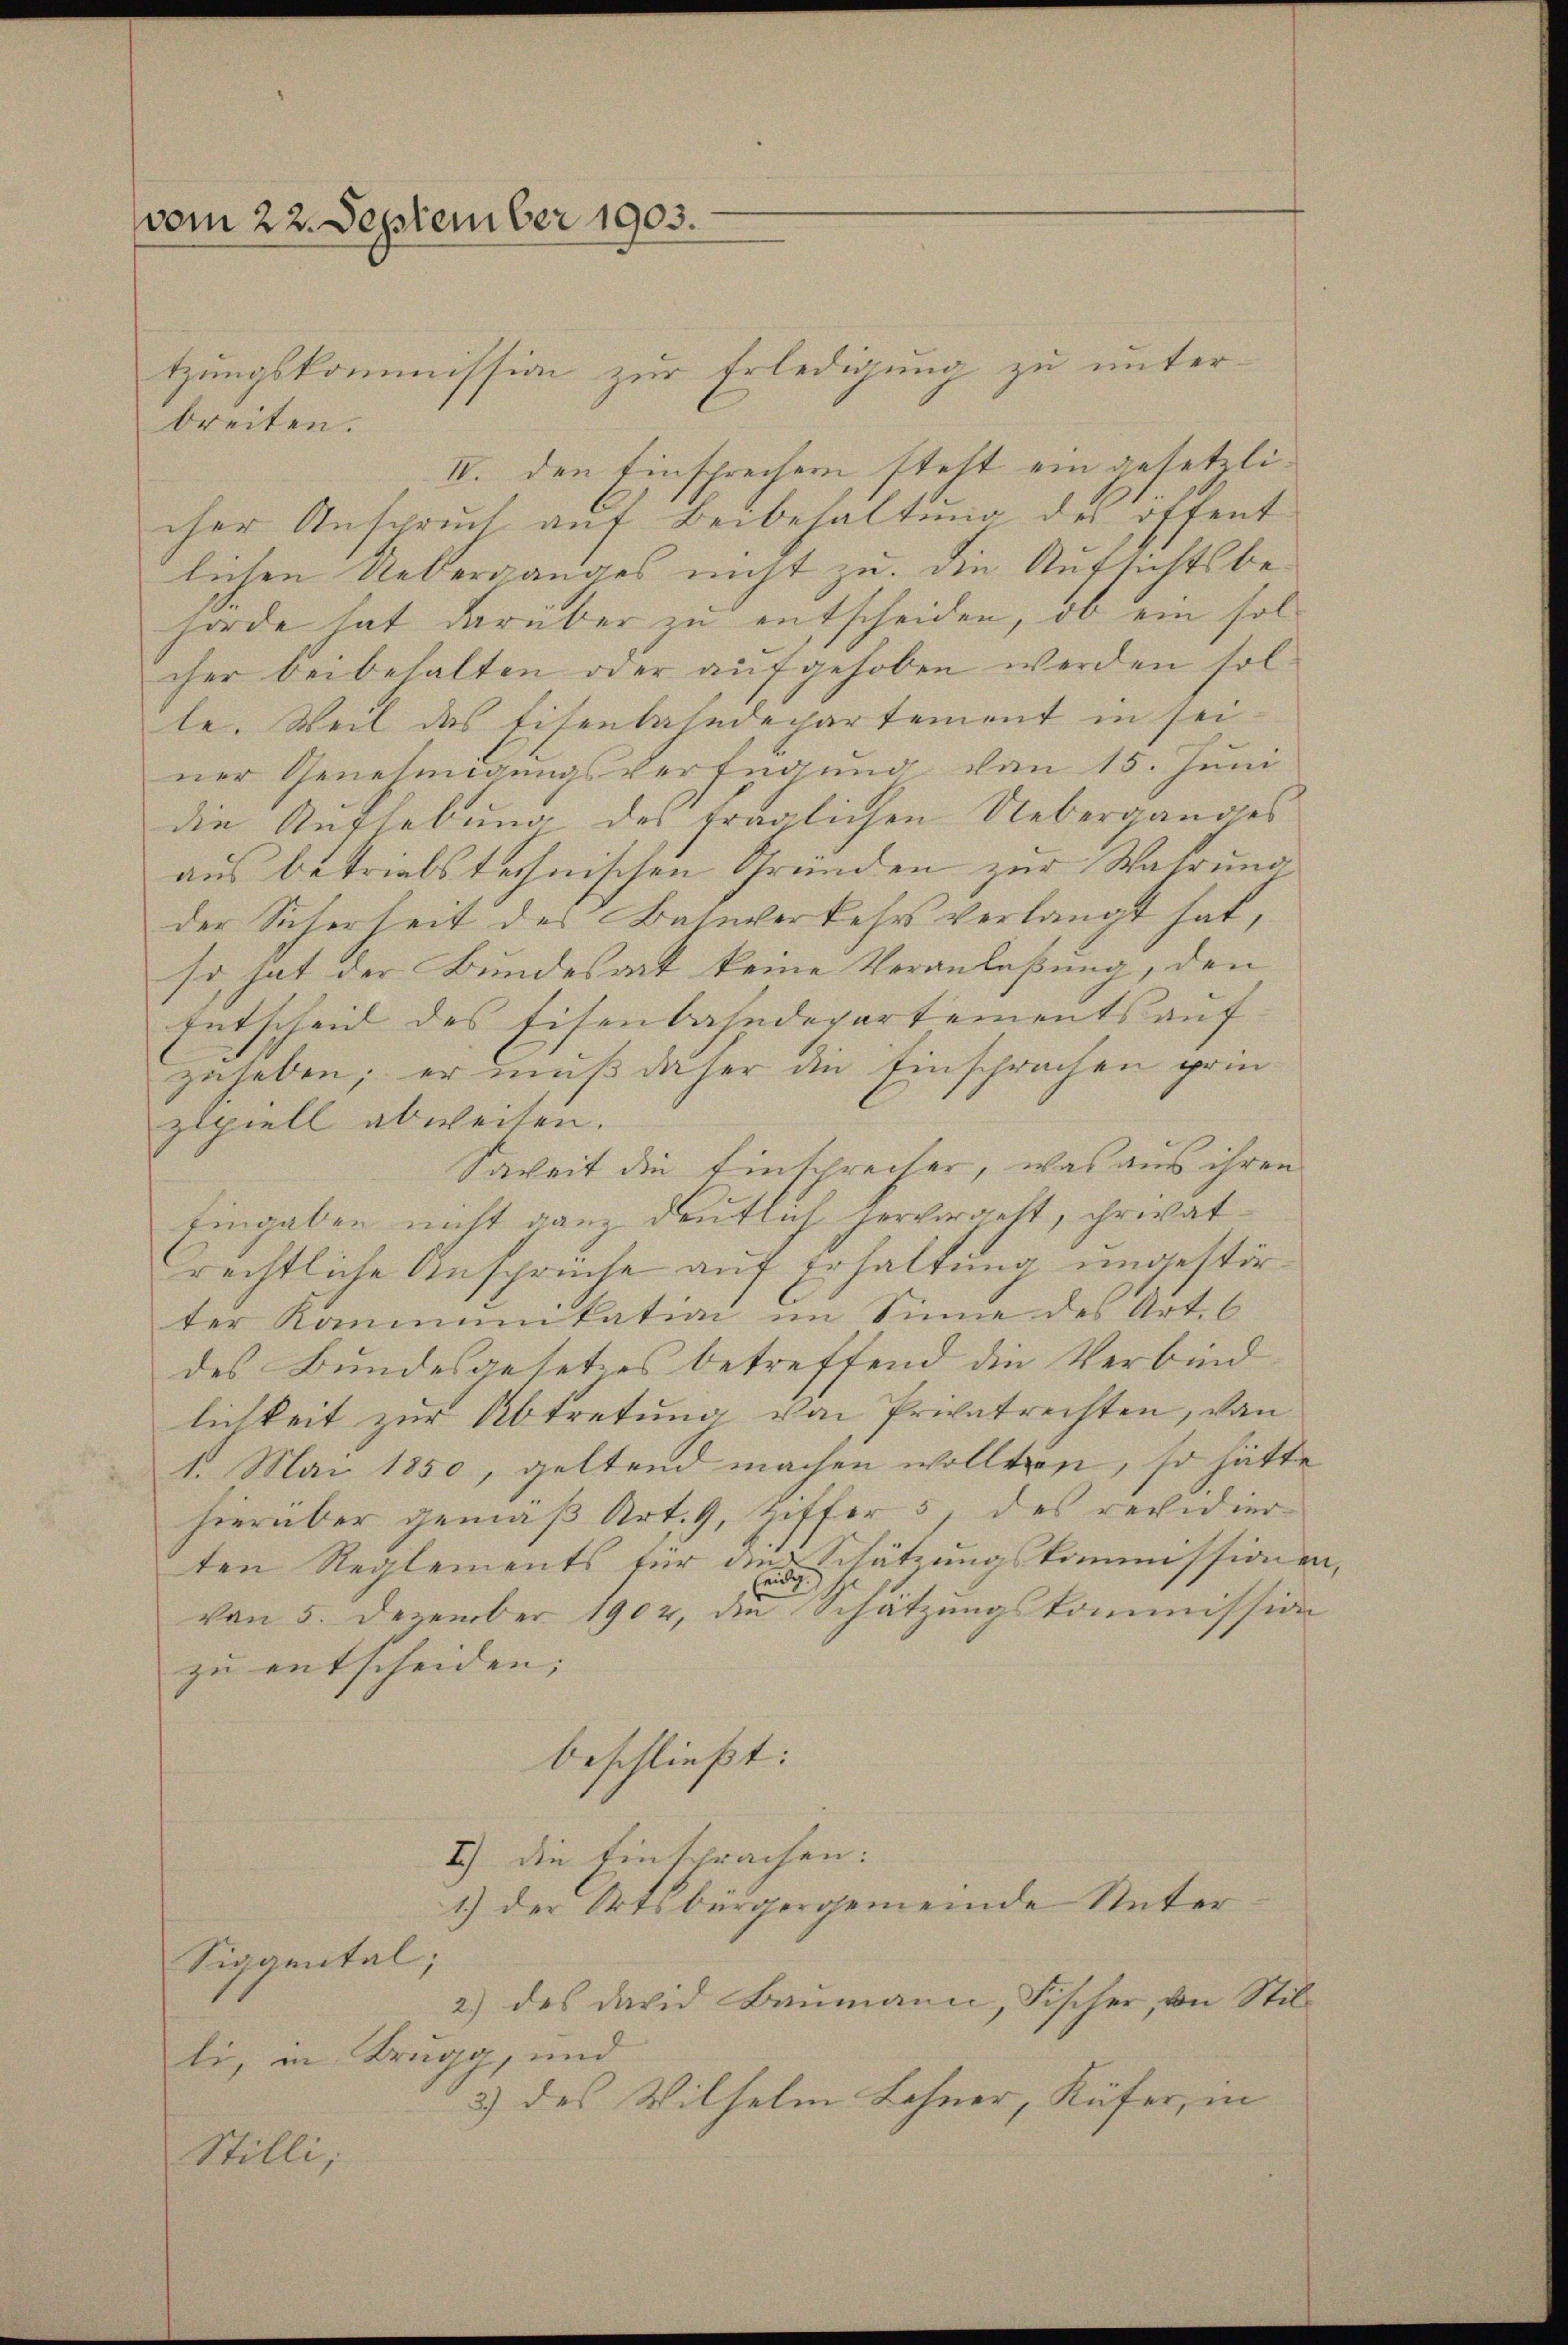
vom 22. September 1903.

tzungskommission zur Erledigung zu unterbreiten.
II. den Einsprechen steht ein gesetzlicher Anspruch auf Beibehaltung des öffent
lichen Ueberganges nicht zu. Die Aufsichtsbehörde hat darüber zu entscheiden, ob ein solcher beibehalten oder aŭfgehoben werden sol-
le. Weil das Eisenbahndepartement in seiner Genehmigungsverfügung von 15. Juni
die Anglebung des fraglichen Ueberganges
aus betriebstechnischen Gründen zur Wahrung
der Sicherheit des Bahnverkehrs verlangt hat,
so hat der Bundesart keine Veranlaßung, den
Entscheid des Eisenbahndepartements auf
zuheben; er muß daher die Einsprachen prinzipiell abweisen.
Saweit die Einsprecher, was aus ihren
Eingaben nicht ganz deutlich hervorgeht, ihrivatrechtliche Ansprüche auf Erhaltung ungestörter Kommunikation im Sinne des Art. 6
des Bundesgesetzes betreffend die Verbindlichkeit zur Abtretung von Privatrechten, von
1. Mai 1850, geltend machen wollten, so hätte
hierüber gemäß Art. 9, Ziffer 5, des recidier-
ten Reglements für die Schätzungskommissionen,
von 5. Dezember 1902, die Schätzungskommission
zu entscheiden; |
beschließt:
I) Die Einsprachen:
1.) Der Ortsbürgergemeinde Unter¬
Siggental;
2.) des David Baumann, Fischer, von Stil-
li, in Brugg, und
3) des Wilhelm Lohner, Küfer, in
Stilli;